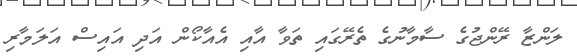
ލަންޒާ ރޭންޖުގެ ސާމާނުގެ ތެރޭގައި ތަވާ އާއި އެއާކޯން އަދި އައިސް އަލަމާރި